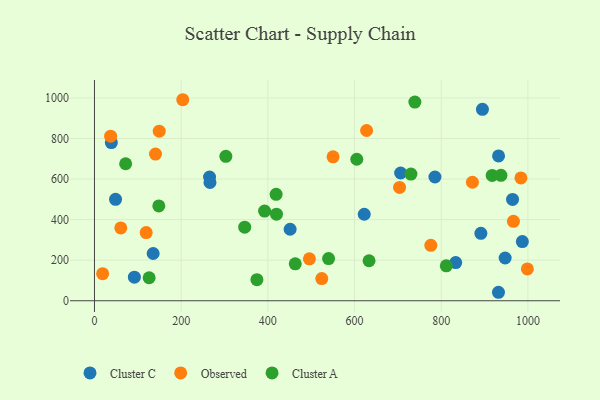
{"axis": {"x": "Experience", "y": "Rating"}, "legend": ["Cluster A", "Cluster C", "Observed"], "data": [{"x": "932.1", "y": 41.8, "type": "Cluster C"}, {"x": "964.6", "y": 499.4, "type": "Cluster C"}, {"x": "265.5", "y": 610.2, "type": "Cluster C"}, {"x": "947.5", "y": 210.7, "type": "Cluster C"}, {"x": "48.6", "y": 500.3, "type": "Cluster C"}, {"x": "895.1", "y": 943.6, "type": "Cluster C"}, {"x": "987.2", "y": 291.6, "type": "Cluster C"}, {"x": "932.3", "y": 714.2, "type": "Cluster C"}, {"x": "92.1", "y": 116.3, "type": "Cluster C"}, {"x": "622.4", "y": 426.4, "type": "Cluster C"}, {"x": "891.5", "y": 332.2, "type": "Cluster C"}, {"x": "451.4", "y": 352.5, "type": "Cluster C"}, {"x": "833.4", "y": 188.3, "type": "Cluster C"}, {"x": "38.9", "y": 779.8, "type": "Cluster C"}, {"x": "266.5", "y": 583.0, "type": "Cluster C"}, {"x": "135.4", "y": 233.0, "type": "Cluster C"}, {"x": "706.4", "y": 629.8, "type": "Cluster C"}, {"x": "785.5", "y": 610.0, "type": "Cluster C"}, {"x": "524.4", "y": 109.1, "type": "Observed"}, {"x": "37.3", "y": 811.5, "type": "Observed"}, {"x": "966.6", "y": 391.4, "type": "Observed"}, {"x": "149.4", "y": 836.2, "type": "Observed"}, {"x": "998.8", "y": 156.7, "type": "Observed"}, {"x": "627.8", "y": 839.3, "type": "Observed"}, {"x": "983.9", "y": 605.6, "type": "Observed"}, {"x": "60.7", "y": 359.2, "type": "Observed"}, {"x": "872.0", "y": 584.3, "type": "Observed"}, {"x": "203.7", "y": 991.1, "type": "Observed"}, {"x": "495.9", "y": 206.8, "type": "Observed"}, {"x": "703.9", "y": 558.7, "type": "Observed"}, {"x": "119.3", "y": 335.9, "type": "Observed"}, {"x": "18.8", "y": 133.3, "type": "Observed"}, {"x": "140.8", "y": 723.3, "type": "Observed"}, {"x": "776.0", "y": 273.2, "type": "Observed"}, {"x": "550.5", "y": 709.7, "type": "Observed"}, {"x": "730.1", "y": 624.7, "type": "Cluster A"}, {"x": "126.1", "y": 113.5, "type": "Cluster A"}, {"x": "148.4", "y": 467.3, "type": "Cluster A"}, {"x": "419.9", "y": 426.7, "type": "Cluster A"}, {"x": "811.7", "y": 172.4, "type": "Cluster A"}, {"x": "419.1", "y": 524.6, "type": "Cluster A"}, {"x": "463.2", "y": 182.2, "type": "Cluster A"}, {"x": "937.8", "y": 618.2, "type": "Cluster A"}, {"x": "346.6", "y": 362.7, "type": "Cluster A"}, {"x": "605.2", "y": 697.6, "type": "Cluster A"}, {"x": "917.6", "y": 617.9, "type": "Cluster A"}, {"x": "71.9", "y": 675.4, "type": "Cluster A"}, {"x": "303.1", "y": 712.3, "type": "Cluster A"}, {"x": "739.2", "y": 979.5, "type": "Cluster A"}, {"x": "540.1", "y": 208.1, "type": "Cluster A"}, {"x": "633.5", "y": 197.2, "type": "Cluster A"}, {"x": "374.8", "y": 104.0, "type": "Cluster A"}, {"x": "392.5", "y": 441.9, "type": "Cluster A"}]}